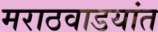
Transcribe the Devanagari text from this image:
मराठवाडयांत